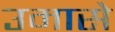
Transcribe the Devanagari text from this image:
उमासे